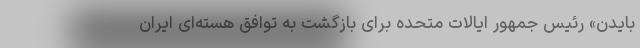
بایدن» رئیس جمهور ایالات متحده برای بازگشت به توافق هسته‌ای ایران